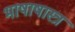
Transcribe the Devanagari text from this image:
भाषाषास्त्र